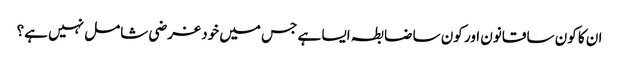
ان کا کون سا قانون اور کون سا ضابطہ ایسا ہے جس میں خود غرضی شامل نہیں ہے؟